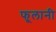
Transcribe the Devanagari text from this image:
फूलानी